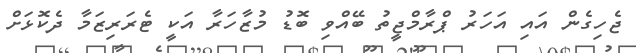
ޖެހިގެން އައި އަހަރު ޕްރާމްޖީތު ބޭއްވި ބޮޑު މުޒާހަރާ އަކީ ޓެރަރިޒަމާ ދެކޮޅަށް